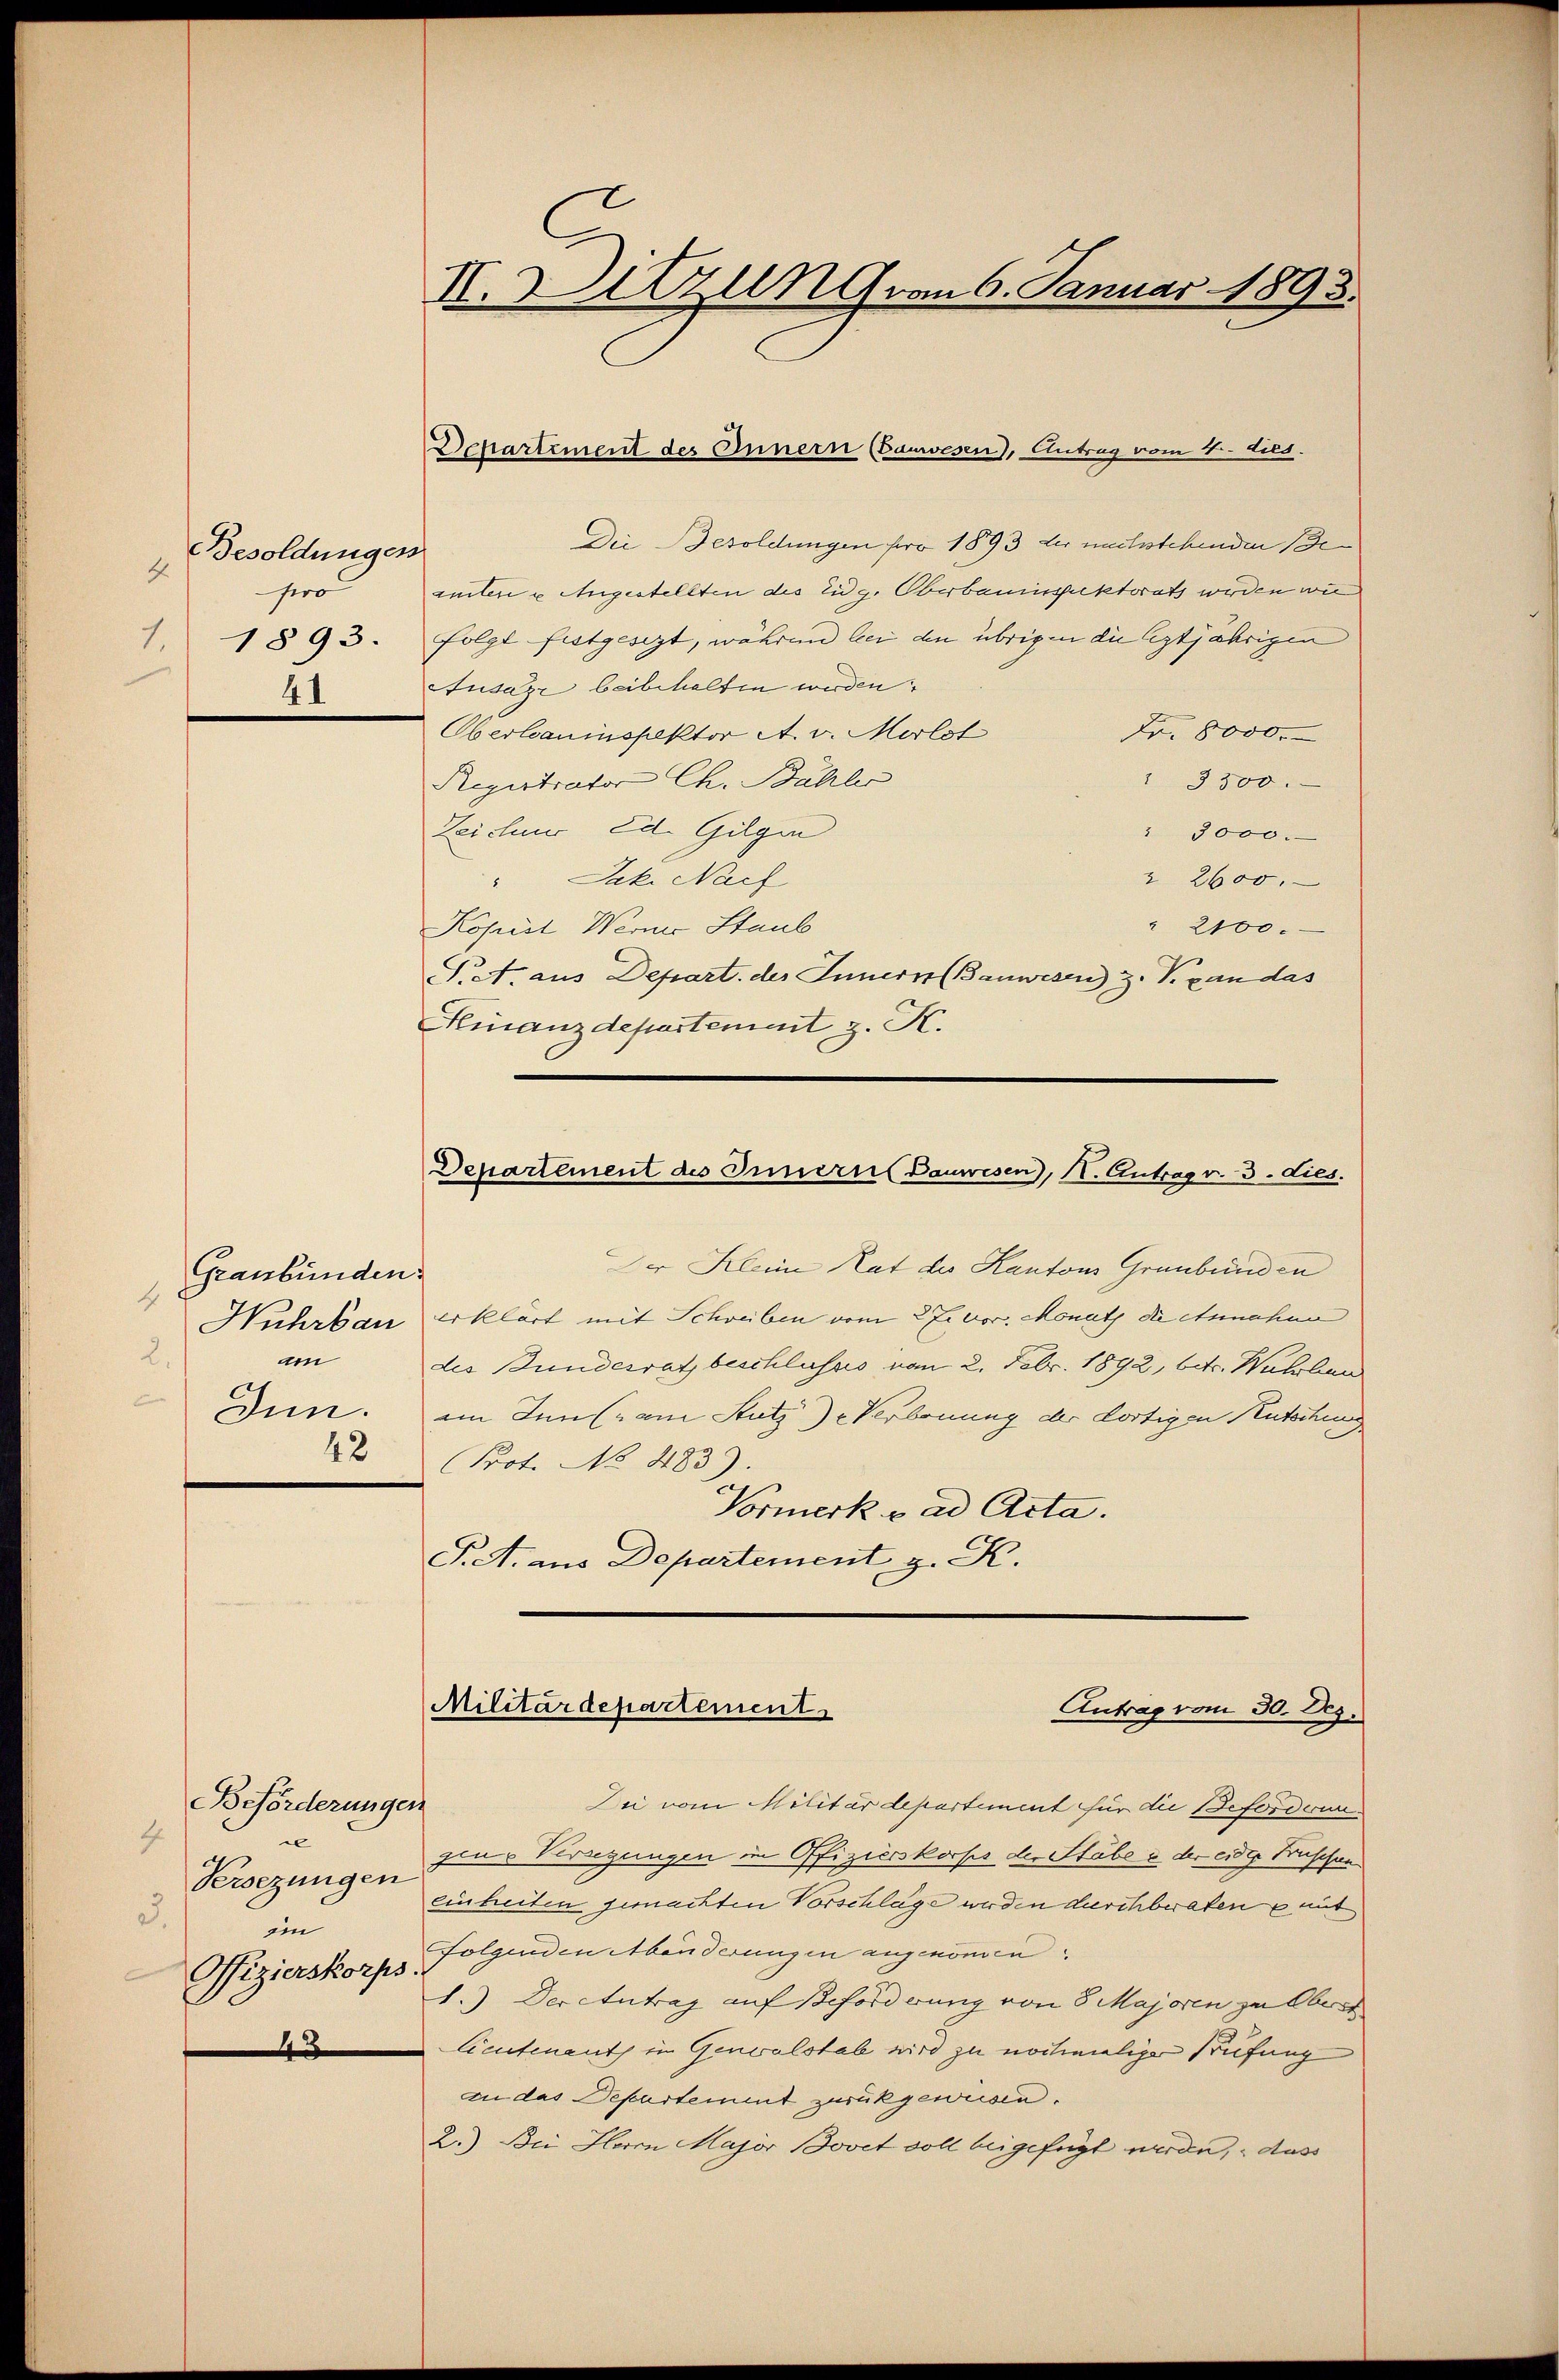
Besoldungen
4.
pro
1.1893.
41

Graubünden
4
Huhrbau
2.
am
Inn.
42

Beförderungen
1
e
Versezungen
3.
im
Ofizierskorps

4

II. Ditzung vom 6. Januar 1893.

Die Besoldungen pro 1893 der nachstehenden Beamten u Angestellten des Eidg. Oberbauinspektorat werden wie
folgt festgesezt, wahren bei den übrigen die leztjährigen
usazr beibehalten werden.
Oberbauinspektor A. v. Morlot
Fr. 8000.
" 3300.
Registrator Ch. Bähler
Zeichens 20. Gilgen
" 3000.
Jak. Nach
 2600.
 2100.
Kopist Werner Staub
Piet, aus Depart. des Innern (Bauwesen z. B. an das
Kinanzdepartement z. K.

Departement des Innern (Bauwesen), Antrag vom 4. dies.

Departement des Innern Bauwesen, I. Antrag v. 3. Lies.

Der Kleine Rat des Kantons Grunbunden
erklärt mit Schreiben vom 27. vor. Monath die Annahme
des Bundesrath beschlusses vom 2. Febr. 1892, betr. Wuhrbar
am Inn (am Stutz) Verbauung der dortigen Kutschung
Prot. No 483).
Vormerk u. ad Acta.
S. A. aus Departement, z. K.

Militärdepartement
Antrag vom 30. Dez.

Dei vom Militärdepartiment für die Beforderun
pier Vernungen in Offizierskorps der Stube in der eidig Frischen
einheiten gemachten Vorschläge werden durchberaten mit
Folgenden Abänderungen angenomen
1.) Der Antrag auf Beforderung von 8 Majoren zu Ober
Lieutenants in Generalstab wird zu nochmaliger Prüfung
an das Departement zurükgeweisen.
2.) Bei Herrn Major Jovet voll beigefügt werde, dass